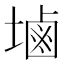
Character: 塷